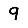
Digit: 9